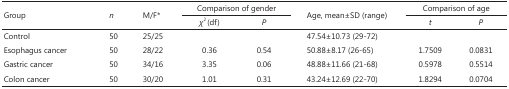
| <ROWSPAN=2> Group | <ROWSPAN=2> n | <ROWSPAN=2> M/F* | <COLSPAN=2> Comparison of gender | <ROWSPAN=2> Age, mean±SD (range) | <COLSPAN=2> Comparison of age |
 | χ2 (df) | P | t | P |
 | --- | --- | --- | --- | --- | --- | --- | --- |
 | Control | 50 | 25/25 |  |  | 47.54±10.73 (29-72) |  |  |
 | Esophagus cancer | 50 | 28/22 | 0.36 | 0.54 | 50.88±8.17 (26-65) | 1.7509 | 0.0831 |
 | Gastric cancer | 50 | 34/16 | 3.35 | 0.06 | 48.88±11.66 (21-68) | 0.5978 | 0.5514 |
 | Colon cancer | 50 | 30/20 | 1.01 | 0.31 | 43.24±12.69 (22-70) | 1.8294 | 0.0704 |